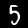
Label: 5